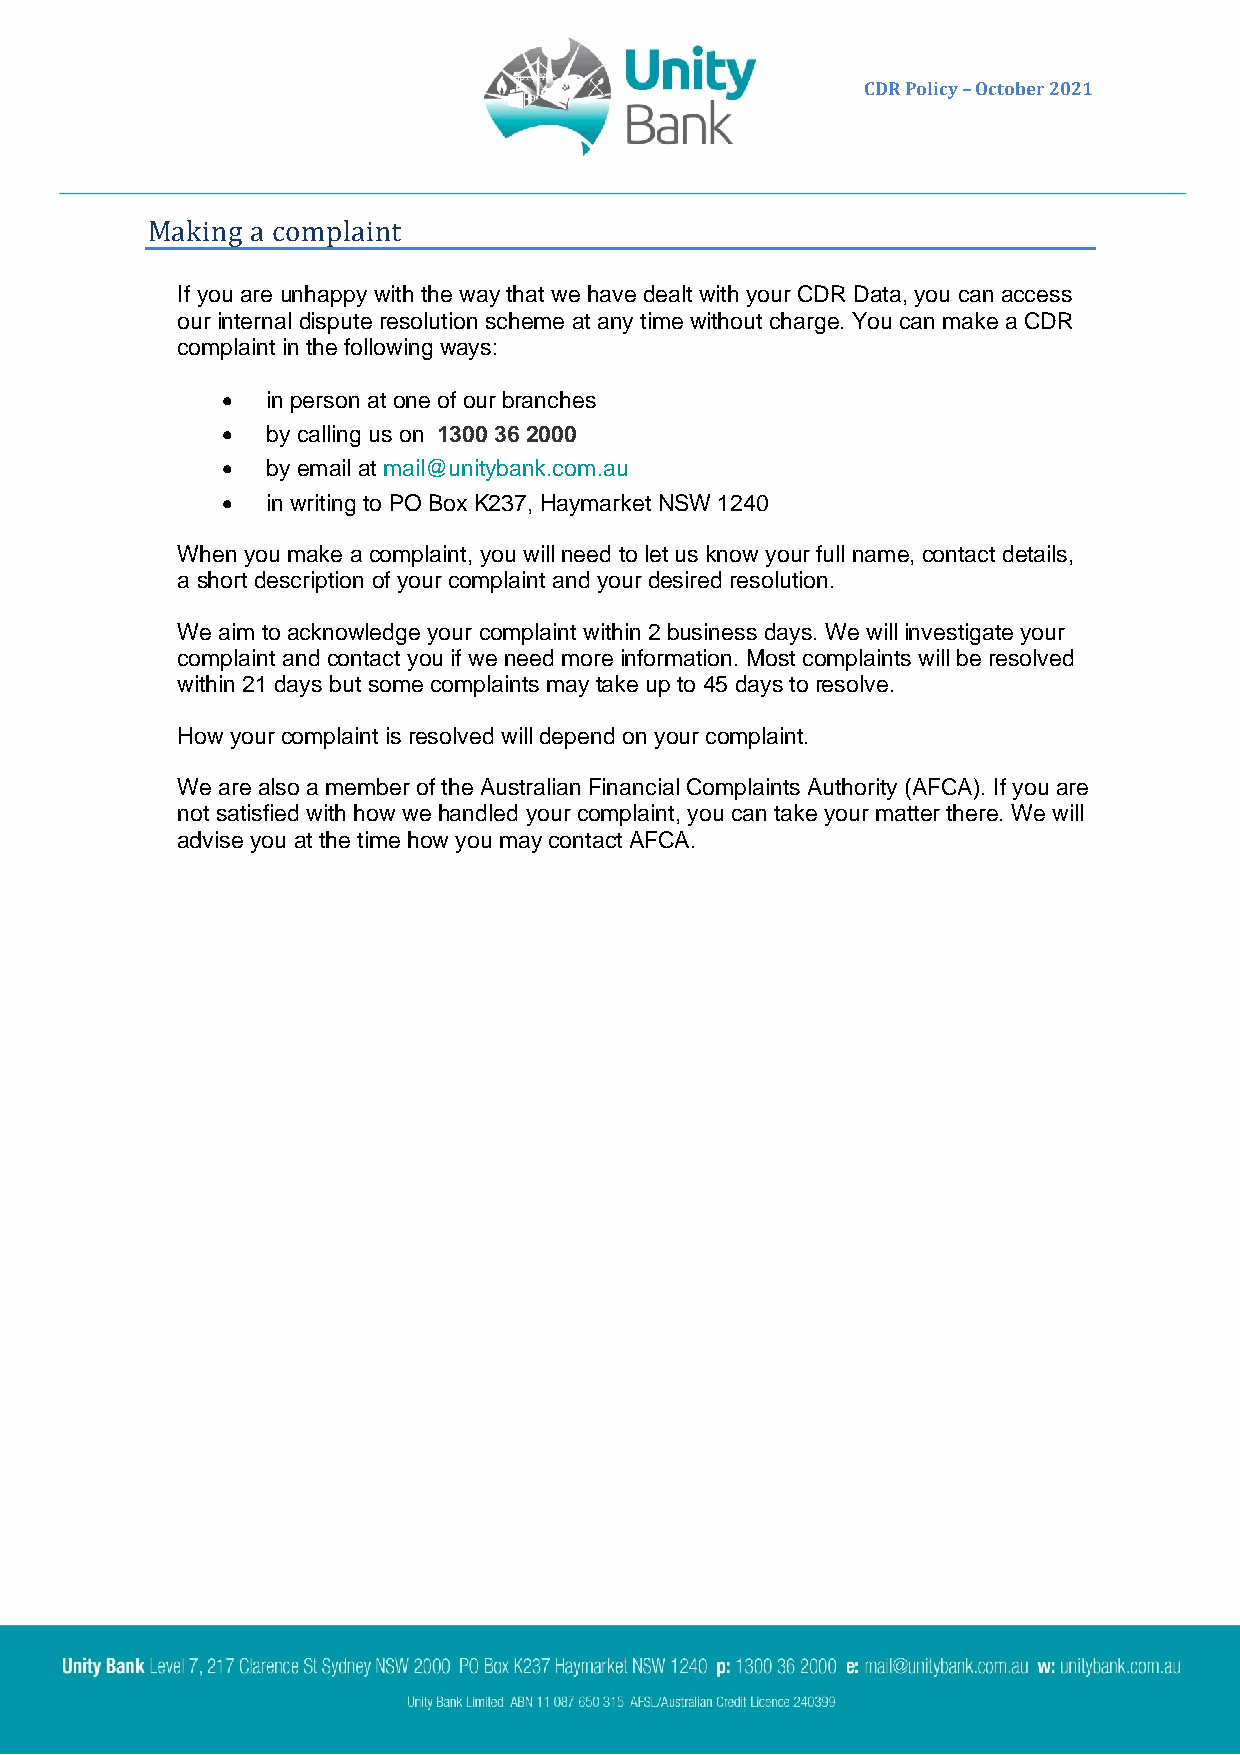
CDR Policy – October 2021
 Making a complaint
 If you are unhappy with the way that we have dealt with your CDR Data, you can access
 our internal dispute resolution scheme at any time without charge. You can make a CDR
 complaint in the following ways:
 •  in person at one of our branches
 •  by calling us on 1300 36 2000
 •  by email at mail@unitybank.com.au
 •  in writing to PO Box K237, Haymarket NSW 1240
 When you make a complaint, you will need to let us know your full name, contact details,
 a short description of your complaint and your desired resolution.
 We aim to acknowledge your complaint within 2 business days. We will investigate your
 complaint and contact you if we need more information. Most complaints will be resolved
 within 21 days but some complaints may take up to 45 days to resolve.
 How your complaint is resolved will depend on your complaint.
 We are also a member of the Australian Financial Complaints Authority (AFCA). If you are
 not satisfied with how we handled your complaint, you can take your matter there. We will
 advise you at the time how you may contact AFCA.